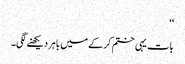
‘‘
بات یہی ختم کرکے میں باہر دیکھنے لگی۔